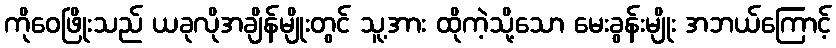
ကိုဝေဖြိုးသည် ယခုလိုအချိန်မျိုးတွင် သူ့အား ထိုကဲ့သို့သော မေးခွန်းမျိုး အဘယ်ကြောင့်